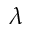
\lambda